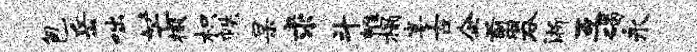
包岳咄芒掇枳帙杲求斗帷榻宴古企翦吞淅互碣永